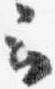
云